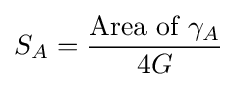
S_{A}={\frac {{\text{Area of }}\gamma _{A}}{4G}}